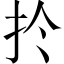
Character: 扵